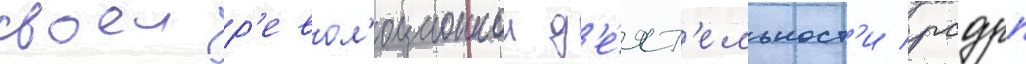
своеи р'евол'юционнои д'е́ят'ельност'и рсдрп